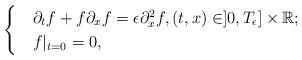
LaTeX: \begin{align*} \begin{cases}& \partial_t f+f \partial_x f = \epsilon \partial^2_{x}f, (t, x)\in ]0, T_\epsilon]\times \mathbb{R};\\& f|_{t=0}=0,\end{cases}\end{align*}